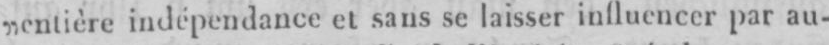
„entière indépendance et sans se laisser influencer par au-